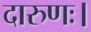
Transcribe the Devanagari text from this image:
दारुणः।